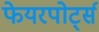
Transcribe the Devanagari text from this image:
फेयरपोर्ट्स